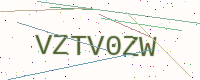
Text: VZTV0ZW